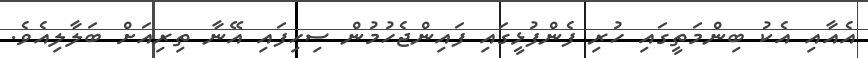
އެއާއި އެކު ބިންމަތީގައި ހުރި ފެންފުޅީގައި ފައިންޖެހުމުން ސިހިފައި އޭނާ ތިރިއަށް ބަލާލިއެވެ.